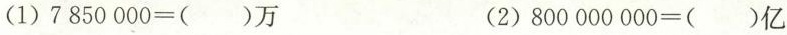
(1)$$7 8 5 0 0 0 0 = ( )$$万 (2)$$8 0 0 0 0 0 0 0 0 = ( )$$亿